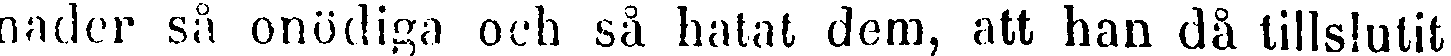
nader så onödiga och så hatat dem, att han då tillslutit